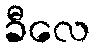
ခီလေ